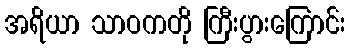
အရိယာ သာဝကတို ကြီးပွားကြောင်း